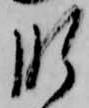
肝